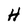
Character: H